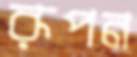
রূপন